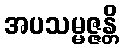
အပသမ္မဇ္ဇန္တိ